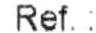
REF. :